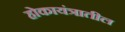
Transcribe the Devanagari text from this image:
होकायंत्रातील